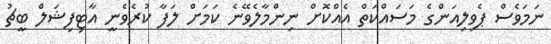
ނަމަވެސް ޕެވިލިއަންގެ މަސައްކަތް އެއްކޮށް ނިންމާލެވޭނެ ކަމަށް ލަފާ ކުރެވެނީ އާޓިފިޝަލް ބީޗު